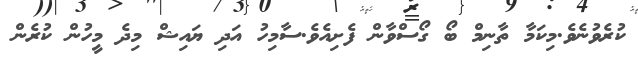
ކުރެވުނެވެ.މިކަމާ ތާނިމް ބޯ ގޯސްވާން ފެށިއެވެ.ސާމިހު އަދި ޔައިޝް މިދެ މީހުން ކުރެން